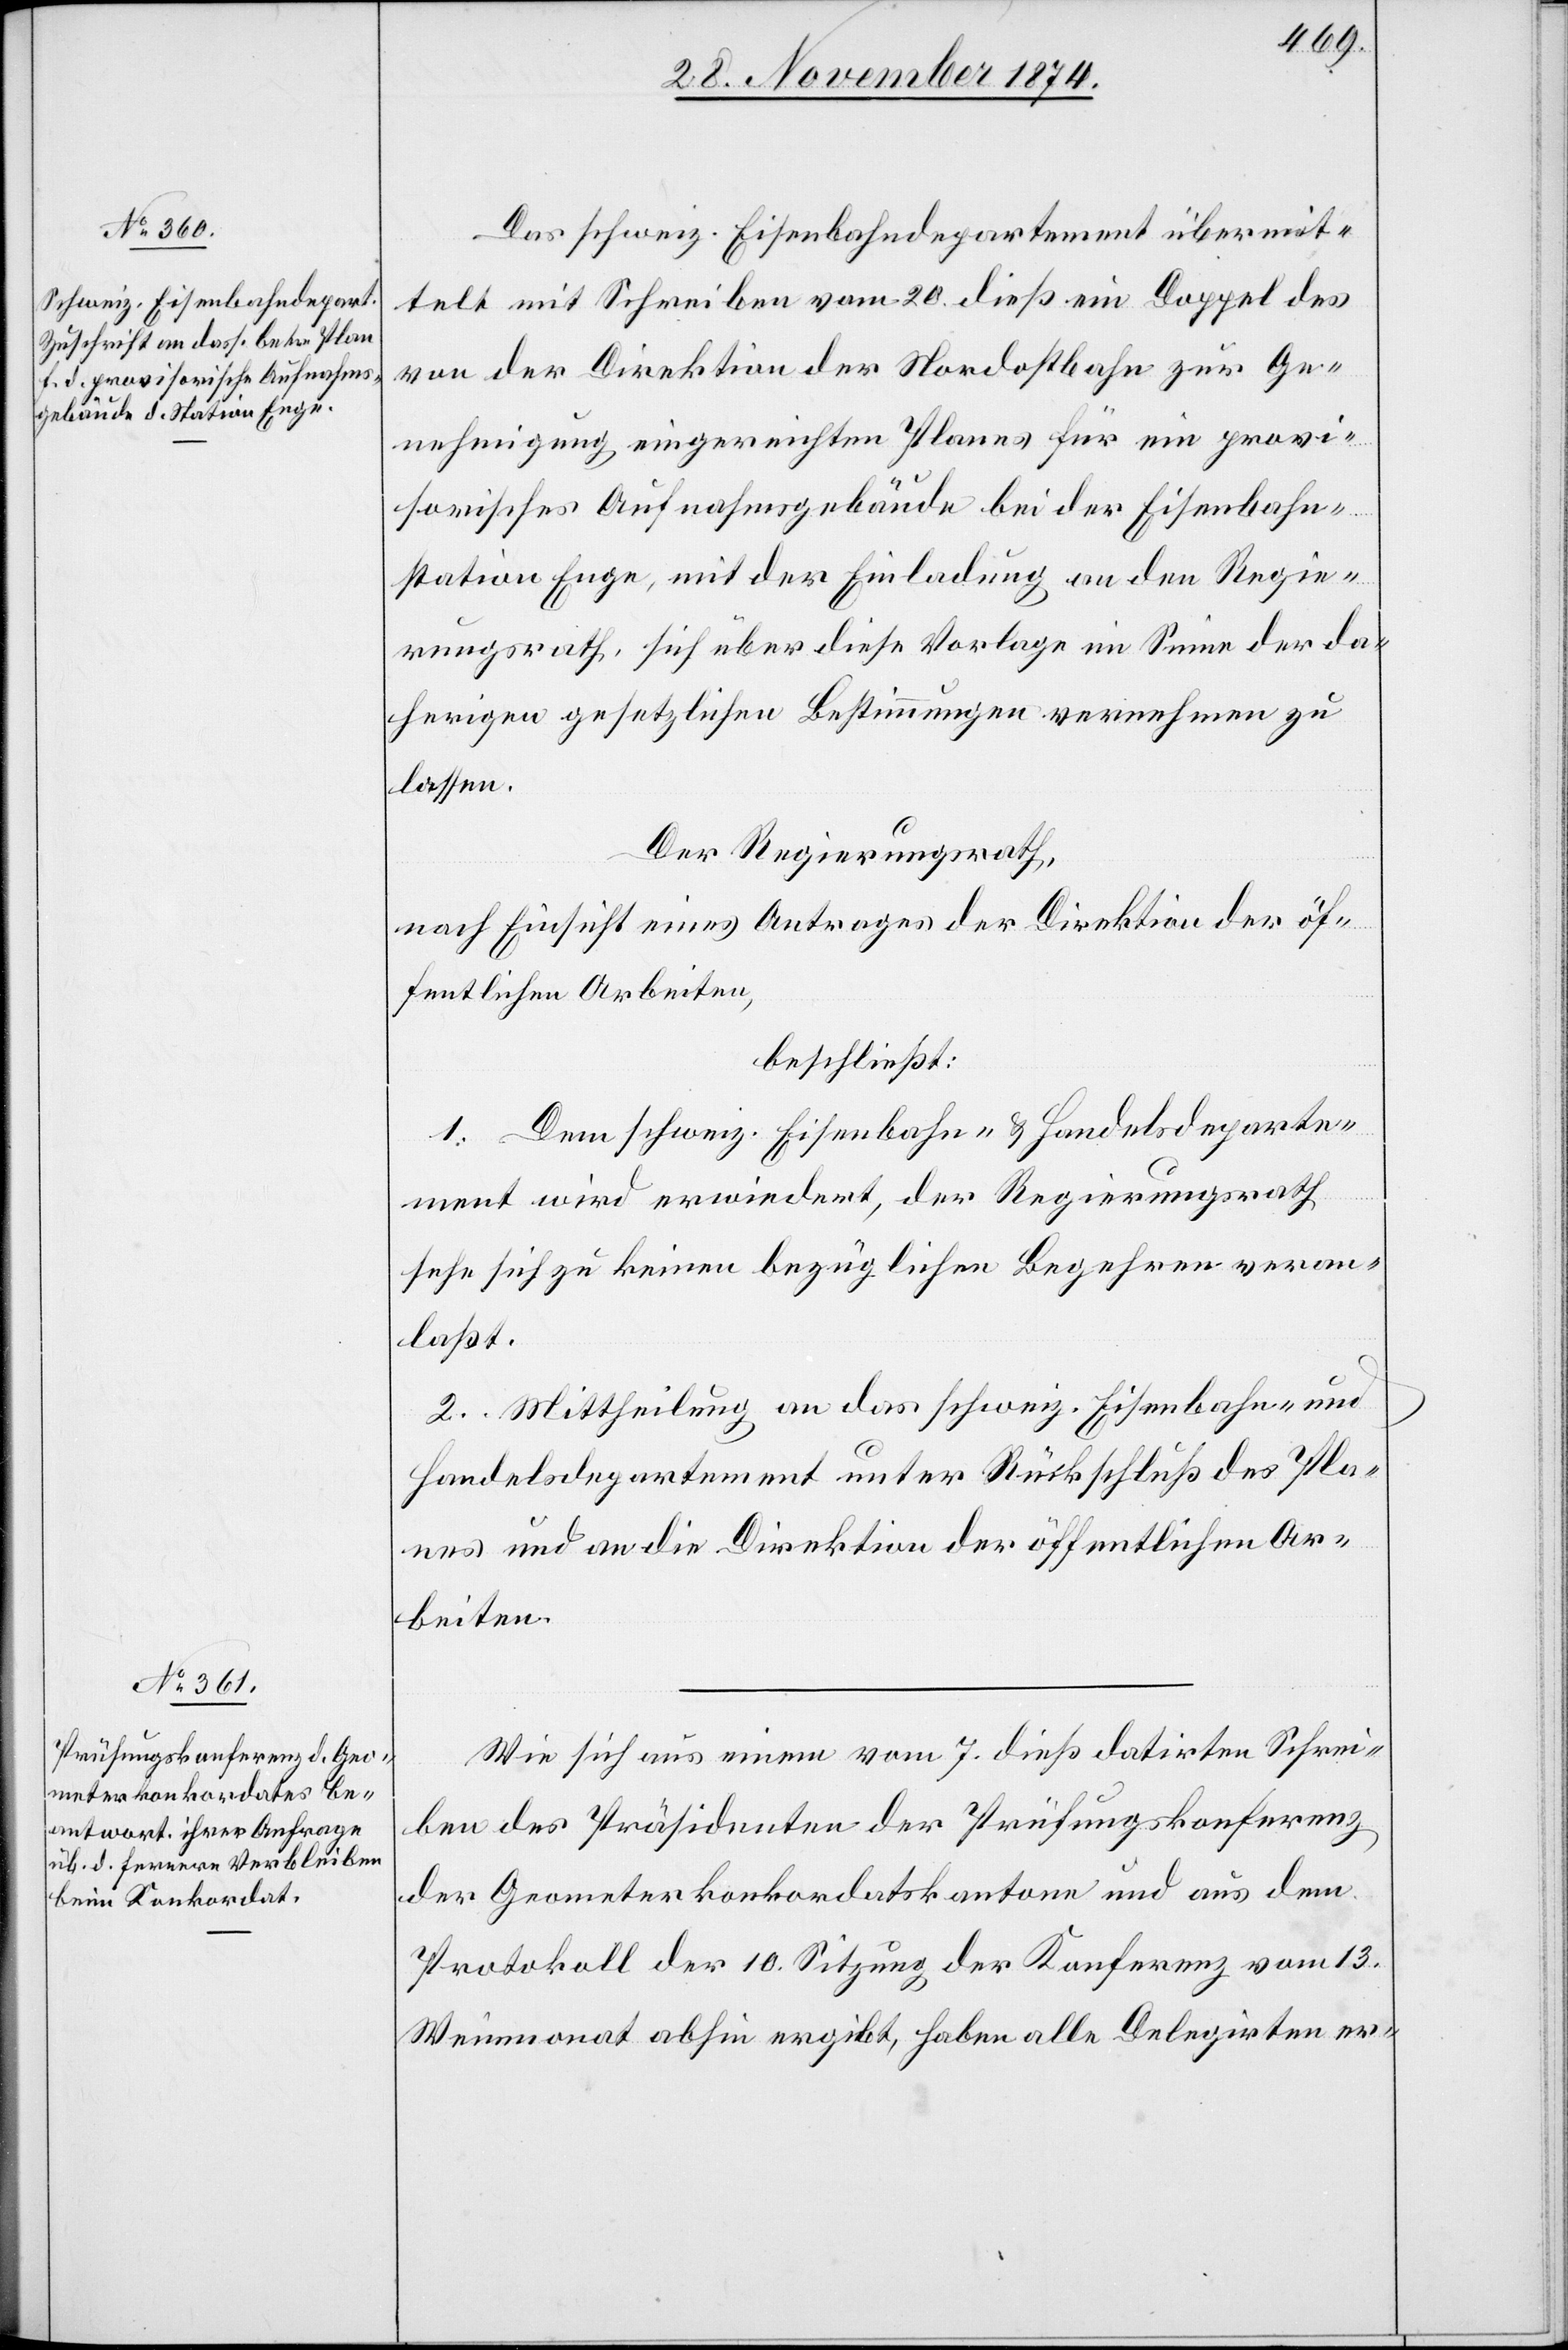
Das schweiz. Eisenbahndepartement übermit¬
telt mit Schreiben vom 20. dieß ein Doppel des
von der Direktion der Nordostbahn zur Ge¬
nehmigung eingereichten Planes für ein provi¬
sorisches Aufnahmsgebäude bei der Eisenbahn¬
station Enge, mit der Einladung an den Regie¬
rungsrath, sich über diese Vorlage im Sinne der da¬
herigen gesetzlichen Bestimmungen vernehmen zu
lassen.
Der Regierungsrath,
nach Einsicht eines Antrages der Direktion der öf¬
fentlichen Arbeiten,
beschließt:
1. Dem schweiz. Eisenbahn- & Handelsdeparte¬
ment wird erwiedert, der Regierungsrath
sehe sich zu keinen bezüglichen Begehren veran¬
laßt.
2. Mittheilung an das schweiz. Eisenbahn- &
Handelsdepartement unter Rückschluß des Pla¬
nes und an die Direktion der öffentlichen Ar¬
beiten.
Wie sich aus einem vom 7. dieß datirten Schrei¬
ben des Präsidenten der Prüfungskonferenz
der Geometerkonkordatskantone und aus dem
Protokoll der 10. Sitzung der Konferenz vom 13.
Weinmonat abhin ergibt, haben alle Delegirten er-